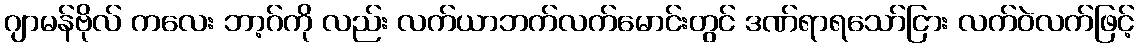
ဂျာမန်ဗိုလ် ကလေး ဘာ့ဂ်ကို လည်း လက်ယာဘက်လက်မောင်းတွင် ဒဏ်ရာရသော်ငြား လက်ဝဲလက်ဖြင့်